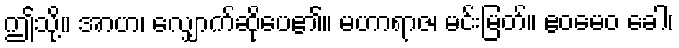
ဤသို့။ အာဟ၊ လျှောက်ဆိုပေ၏။ မဟာရာဇ၊ မင်းမြတ်။ ဧဝမေဝ ခေါ၊